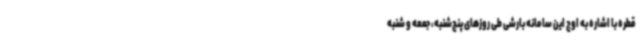
قطره با اشاره به اوج این سامانه بارشی طی روزهای پنج‌شنبه، جمعه و شنبه